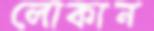
লোকান